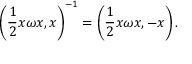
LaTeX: \left( \frac { 1 } { 2 } x \omega x , x \right) ^ { - 1 } = \left( \frac { 1 } { 2 } x \omega x , - x \right) .